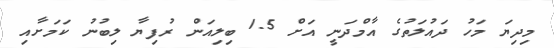
މިދިޔަ މަހު ދައުލަތުގެ އާމްދަނީ އަށް 1.5 ބިލިއަން ރުފިޔާ ލިބުނު ކަމަށާއި